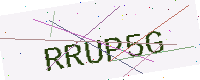
Text: RRUP5G